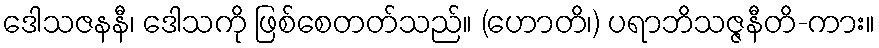
ဒေါသဇနနီ၊ ဒေါသကို ဖြစ်စေတတ်သည်။ (ဟောတိ၊) ပရာဘိသဇ္ဇနီတိ-ကား။